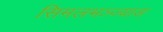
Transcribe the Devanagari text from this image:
सिमलभञ्ज्याङ